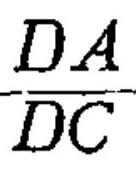
\frac{DA}{DC}